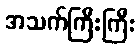
အသက်ကြီးကြီး